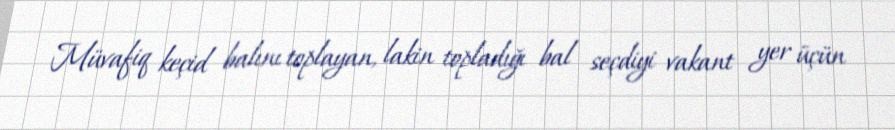
Müvafiq keçid balını toplayan, lakin topladığı bal seçdiyi vakant yer üçün